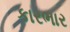
કારભાર